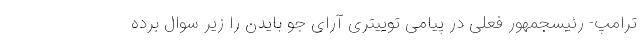
ترامپ- رئیسجمهور فعلی در پیامی توییتری آرای جو بایدن را زیر سوال برده